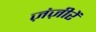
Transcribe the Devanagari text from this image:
ज़ंज़ीरें